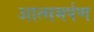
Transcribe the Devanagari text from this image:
आत्समर्पण